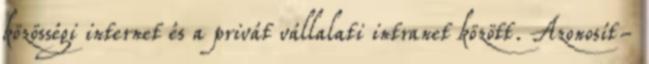
közösségi internet és a privát vállalati intranet között. Azonosít-